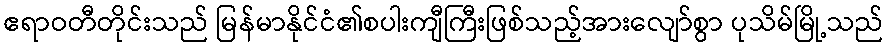
ဧရာဝတီတိုင်းသည် မြန်မာနိုင်ငံ၏စပါးကျီကြီးဖြစ်သည့်အားလျော်စွာ ပုသိမ်မြို့သည်